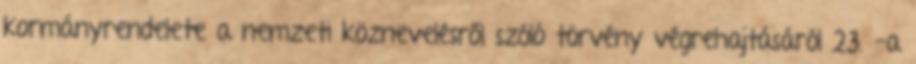
kormányrendelete a nemzeti köznevelésről szóló törvény végrehajtásáról 23. -a